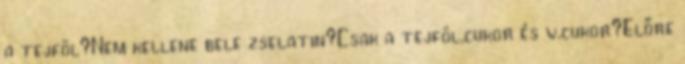
a tejföl?Nem kellene bele zselatin?Csak a tejföl,cukor és v.cukor?Előre